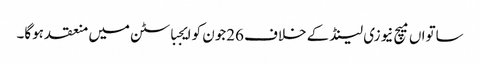
ساتواں میچ نیوزی لینڈ کے خلاف 26جون کو ایجباسٹن میں منعقد ہوگا۔